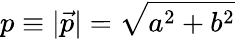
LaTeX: p\equiv|\vec{p}|=\sqrt{a^{2}+b^{2}}